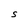
Character: S